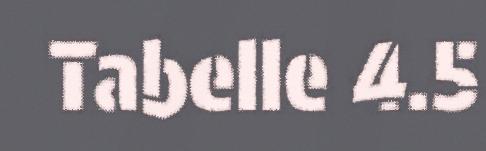
Tabelle 4.5